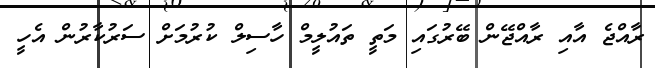
ރާއްޖެ އާއި ރާއްޖޭން ބޭރުގައި މަތީ ތައުލީމް ހާސިލް ކުރުމަށް ސަރުކާރުން އެހީ